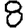
Digit: 8